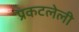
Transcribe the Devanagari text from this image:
प्रकटलेली